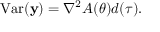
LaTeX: \operatorname { V a r } ( \mathbf { y } ) = \nabla ^ { 2 } A ( { \boldsymbol { \theta } } ) d ( \tau ) . \,